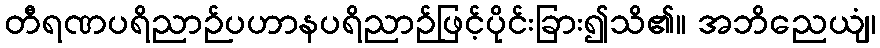
တီရဏပရိညာဉ်ပဟာနပရိညာဉ်ဖြင့်ပိုင်းခြား၍သိ၏။ အဘိညေယျံ၊